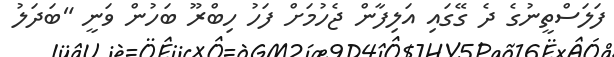
ފަލަސްތީނުގެ ދެ ގޭގައި އަލިފާން ޖެހުމަށް ފަހު ހިބްރޫ ބަހުން ވަނީ "ބަދަލު